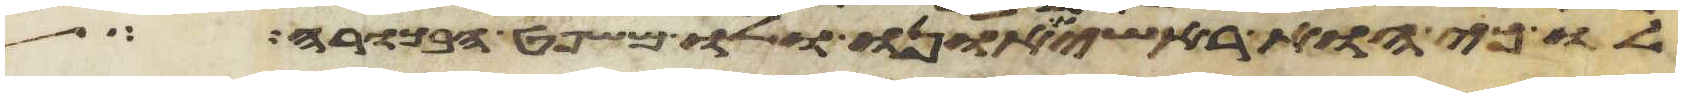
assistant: לו כי הוא ראשית אונו ולו משפט הבכורה